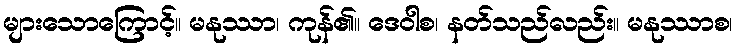
များသောကြောင့်။ မနုဿာ၊ ကုန်၏။ ဒေဝါစ၊ နတ်သည်လည်း။ မနုဿာစ၊